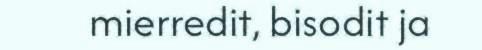
mierredit, bisodit ja